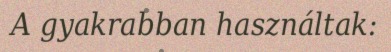
A gyakrabban használtak: